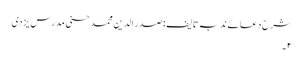
شرح دعائے ندبہ تالیف : صدر الدین محمد حسنی مدرس یزدی
۲۔